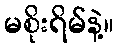
မစိုးရိမ်နဲ့။